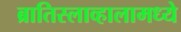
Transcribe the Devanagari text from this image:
ब्रातिस्लाव्हालामध्ये